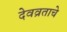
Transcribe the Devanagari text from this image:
देवव्रताचे